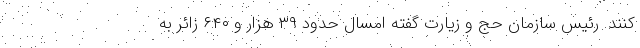
کنند. رئیس سازمان حج و زیارت گفته امسال حدود ۳۹ هزار و ۶۴۰ زائر به